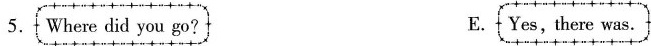
5. Where did you go？ E. Yes，there was.